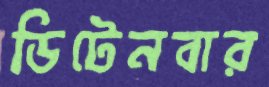
ডিটেনবার